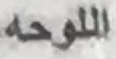
اللوحه